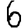
Digit: 6